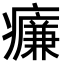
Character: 𤻑